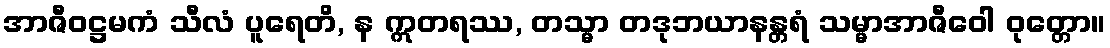
အာဇီဝဋ္ဌမကံ သီလံ ပူရေတိ, န ဣတရဿ, တသ္မာ တဒုဘယာနန္တရံ သမ္မာအာဇီဝေါ ဝုတ္တော။